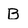
Character: B